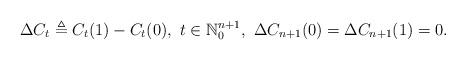
LaTeX: \begin{align*}\Delta{C}_{t}\triangleq{C}_t(1)-C_t(0),~{t}\in\mathbb{N}_0^{n+1},~\Delta{C}_{n+1}(0)=\Delta{C}_{n+1}(1)=0.\end{align*}